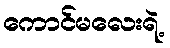
ကောင်မလေးရဲ့